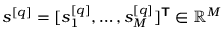
\boldsymbol { s } ^ { [ q ] } = [ s _ { 1 } ^ { [ q ] } , \ldots , s _ { M } ^ { [ q ] } ] ^ { \boldsymbol { \mathsf { T } } } \in \mathbb { R } ^ { M }